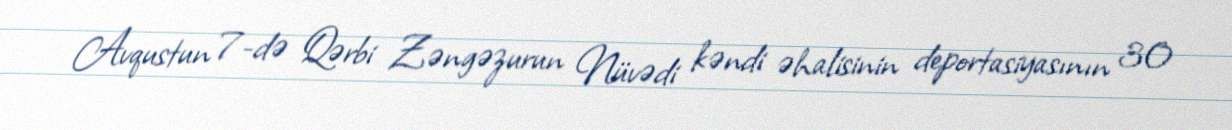
Avqustun 7-də Qərbi Zəngəzurun Nüvədi kəndi əhalisinin deportasiyasının 30